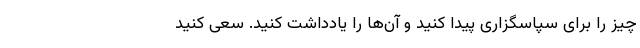
چیز را برای سپاسگزاری پیدا کنید و آن‌ها را یادداشت کنید. سعی کنید